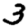
Digit: 3